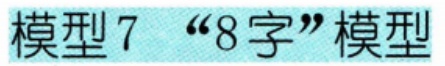
模型 7 “8 字”模型